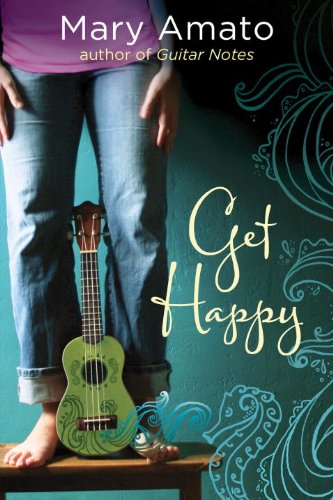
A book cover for Get Happy; Mary Amato; Teen & Young Adult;